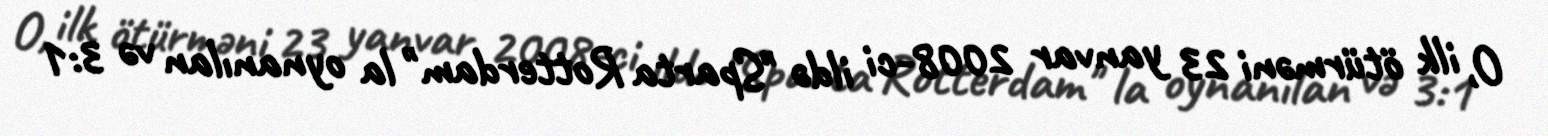
O, ilk ötürməni 23 yanvar 2008-ci ildə "Sparta Rotterdam" la oynanılan və 3:1